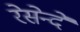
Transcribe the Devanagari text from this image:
रेसेन्दे